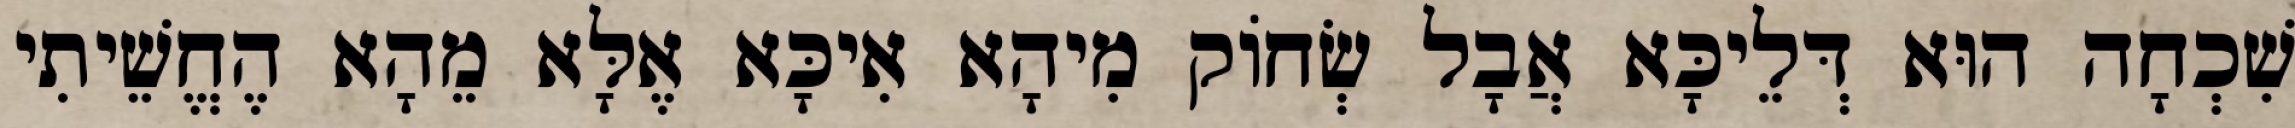
שִׁכְחָה הוּא דְּלֵיכָּא אֲבָל שְׂחוֹק מִיהָא אִיכָּא אֶלָּא מֵהָא הֶחֱשֵׁיתִי